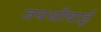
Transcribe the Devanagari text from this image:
जयश्रीबाई